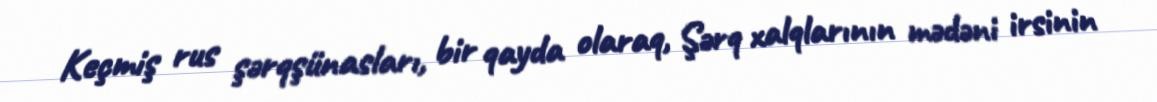
Keçmiş rus şərqşünasları, bir qayda olaraq, Şərq xalqlarının mədəni irsinin